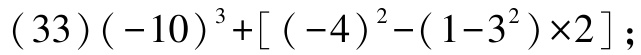
$(33)(-10)^{3}+[(-4)^{2}-(1 - 3^{2})\times2]$